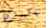
ماكينزي